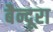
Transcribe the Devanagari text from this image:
बैन्दूरा